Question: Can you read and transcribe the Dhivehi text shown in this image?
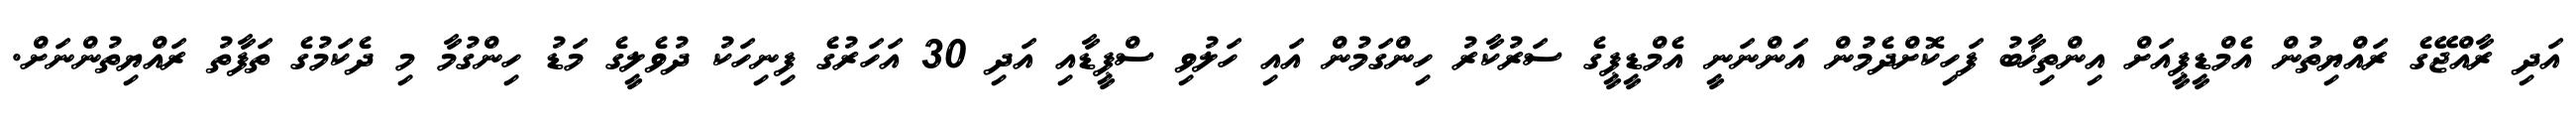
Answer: އަދި ރާއްޖޭގެ ރައްޔިތުން އެމްޑީޕީއަށް އިންތިޚާބު ފަހިކޮށްދެމުން އަންނަނީ އެމްޑީޕީގެ ސަރުކާރު ހިންގަމުން އައި ހަލުވި ސްޕީޑާއި އަދި 30 އަހަރުގެ ފިނިހަކު ދުވެލީގެ މަޑު ހިންގުމާ މި ދެކަމުގެ ތަފާތު ރައްޔިތުންނަށް.